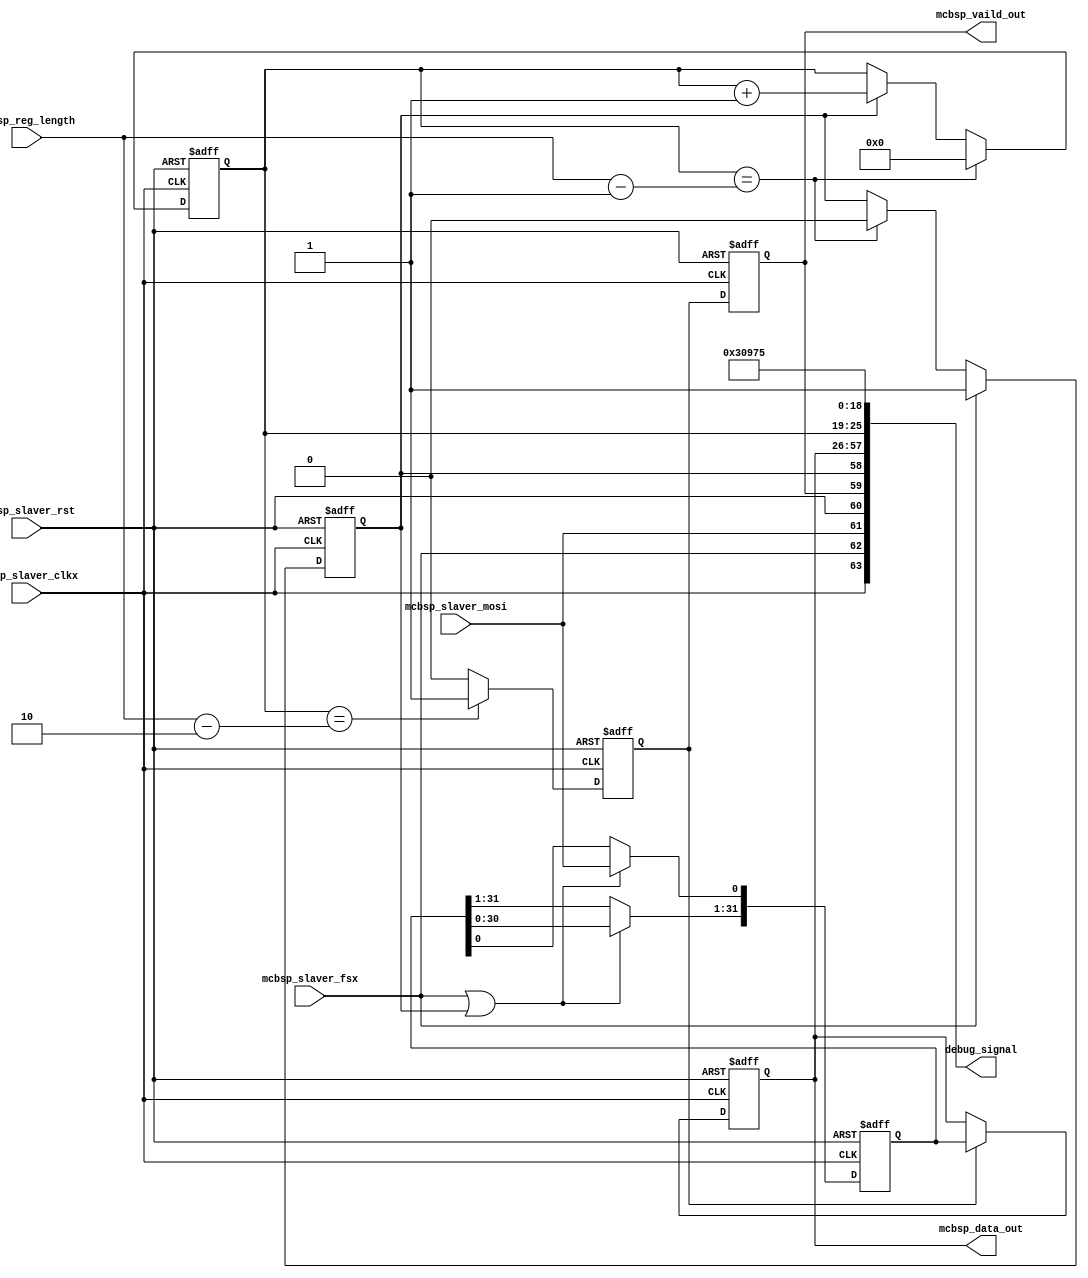
//////////////////////////////////////////////////////////////////////////////////
// Company:         StarPoint
// 
// Module Name:     mcbsp_slaver 
// Project Name:    Link16 dsp interface module;
// Target Devices:  FPGA - XC7K325T - FFG900; 
// Tool versions:   ISE13.2; 
// Description:     
//                  
//
// Revision:        v1.0 - File Created
// Additional Comments: 
// 1. negedge receive data 
// 2. operation launched by dsp in slaver mode, so tx_interrupt is only transmitted to dsp not to fpga mcbsp
// 3.  
//////////////////////////////////////////////////////////////////////////////////
`timescale 1ns / 1ps

module mcbsp0_slaver(
//config parameter
//input [ 8:0]        mcbsp_reg_number,                         // rx frame length   
input [ 6:0]        mcbsp_reg_length,                         // code bit length 

// input interface
input               mcbsp_slaver_clkx,	 
input               mcbsp_slaver_fsx,	 
input               mcbsp_slaver_mosi, 

input               mcbsp_slaver_rst,
// input               mcbsp_slaver_en,  

//output data
output [31:0]       mcbsp_data_out,
output              mcbsp_vaild_out,    

	
// state/debug 		 
output[63:0]        debug_signal	
    );
    
//////////////////////////////////////////////////////////////////////////////////
//// signals declaration //// 
reg                 mcbsp_data_rdy     = 1'b0;
reg                 mcbsp_data_start   = 1'b0;
wire                mcbsp_en;
reg [15:0]          mcbsp_count        = 16'd0;
reg                 mcbsp_vaild_reg    = 1'b0;
reg [1:0]           mcbsp_vaild_reg_dly= 2'd0;
                                       
                                       
reg [31:0]          mcbsp_buf          = 32'd0;
reg [31:0]          mcbsp_data_reg     = 32'd0; 

//////////////////////////////////////////////////////////////////////////////////
//// parameters define ////





//////////////////////////////////////////////////////////////////////////////////
//// (0) signals assigment ////
   assign    mcbsp_en                  =  (mcbsp_slaver_fsx || mcbsp_data_start); //mcbsp_data_rdy && mcbsp_data_start;
                                       
   assign    mcbsp_data_out[31:0]      =  mcbsp_data_reg[31:0];
   assign    mcbsp_vaild_out           =  mcbsp_vaild_reg_dly[0];
	
	
//////////////////////////////////////////////////////////////////////////////////
// (2) mcbsp count logic ////
// always@(posedge mcbsp_slaver_clkx or posedge mcbsp_slaver_rst) //tx_interrupt activate ready
// begin
  // if (mcbsp_slaver_rst)  begin
    // mcbsp_data_rdy                  <= 1'b0;    
  // end
  // else if ((mcbsp_count[6:0] == mcbsp_reg_length[6:0] - 1'b1) && (mcbsp_count[15:7] == mcbsp_reg_number[8:0] - 1'b1)) begin
    // mcbsp_data_rdy                  <= 1'b0;   
  // end
  // else if(mcbsp_slaver_en) begin
    // mcbsp_data_rdy                  <= 1'b1;         
  // end
  // else if ((mcbsp_count[6:0] == mcbsp_reg_length[6:0] - 1'b1)) begin
    // mcbsp_data_rdy                  <= 1'b0;   
  // end
// end	

always@(posedge mcbsp_slaver_clkx or posedge mcbsp_slaver_rst)//fsx activate real start
begin
  if (mcbsp_slaver_rst)  begin
    mcbsp_data_start                <= 1'b0;    
  end
  else if(mcbsp_slaver_fsx) begin
    mcbsp_data_start                <= 1'b1;         
  end
  else if ((mcbsp_count[6:0] == mcbsp_reg_length[6:0] - 1'b1)) begin
    mcbsp_data_start                <= 1'b0;   //fsx32MCBSP clk
  end
end	

always@(posedge mcbsp_slaver_clkx or posedge mcbsp_slaver_rst)
begin
  if (mcbsp_slaver_rst)  begin 
     mcbsp_count[6:0]               <= 7'd0;
  end
  else if (mcbsp_count[6:0] == mcbsp_reg_length[6:0] - 1'b1)   begin // mcbsp register 32bits 
     mcbsp_count[6:0]               <= 7'd0;	
  end
  else if(mcbsp_data_start)begin		//mcbsp_data_start
     mcbsp_count[6:0]               <= mcbsp_count[6:0] + 1'b1; 
  end
end

//////////////////////////////////////////////////////////////////////////////////
//// (3) mcbsp register shift transfer logic ////
always@(posedge mcbsp_slaver_clkx or posedge mcbsp_slaver_rst)
begin
  if (mcbsp_slaver_rst)  begin
     mcbsp_buf[31:0]                <= 32'd0;
  end
  else if (mcbsp_en)begin  //keep no.0=fsx sampling
     mcbsp_buf[0]                   <= mcbsp_slaver_mosi;  
     mcbsp_buf[31:1]	            <= mcbsp_buf[30:0]; 
  end
end	

//////////////////////////////////////////////////////////////////////////////////
//// (4) mcbsp Latch data output ////
always@(posedge mcbsp_slaver_clkx or posedge mcbsp_slaver_rst)
begin
  if (mcbsp_slaver_rst)  begin
	 mcbsp_vaild_reg	            <= 1'b0;
  end
  else if (mcbsp_count[6:0] == mcbsp_reg_length[6:0] - 2'b10)  begin
     mcbsp_vaild_reg	            <= 1'b1; 
  end
  else begin
     mcbsp_vaild_reg	            <= 1'b0; 
  end
end	

always@(posedge mcbsp_slaver_clkx or posedge mcbsp_slaver_rst)
begin
  if (mcbsp_slaver_rst)  begin
	 mcbsp_vaild_reg_dly[1:0]	    <= 2'b0;
  end                               
  else begin                        
     mcbsp_vaild_reg_dly[1:0]	    <= {mcbsp_vaild_reg_dly[0],mcbsp_vaild_reg}; 
  end
end	

always@(posedge mcbsp_slaver_clkx or posedge mcbsp_slaver_rst)
begin
  if (mcbsp_slaver_rst)  begin
     mcbsp_data_reg[31:0]           <= 32'd0;
  end
  else if (mcbsp_vaild_reg)  begin
     mcbsp_data_reg[31:0]           <= mcbsp_buf[31:0]; 
  end
end	

//////////////////////////////////////////////////////////////////////////////////
//// debug signal ////

assign	debug_signal[63]	=	mcbsp_slaver_clkx;
assign	debug_signal[62]	=	mcbsp_slaver_fsx;
assign	debug_signal[61]	=	mcbsp_slaver_mosi;
assign	debug_signal[60]	=	mcbsp_slaver_rst;

assign	debug_signal[59]	=	mcbsp_vaild_out;	//
assign	debug_signal[58]	=	mcbsp_data_start;	//
assign	debug_signal[57:26]	=	mcbsp_data_out[31:0];

assign	debug_signal[25:19]	=	mcbsp_count[6:0];
assign	debug_signal[18:0]	=	19'h30975;
//////////////////////////////////////////////////////////////////////////////////
endmodule